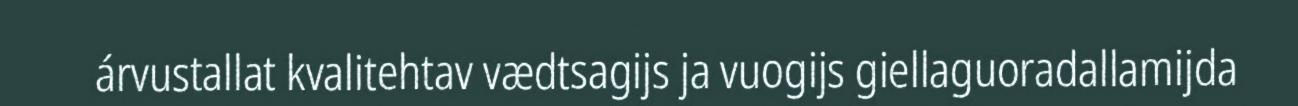
árvustallat kvalitehtav vædtsagijs ja vuogijs giellaguoradallamijda